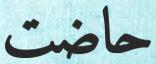
حاضت